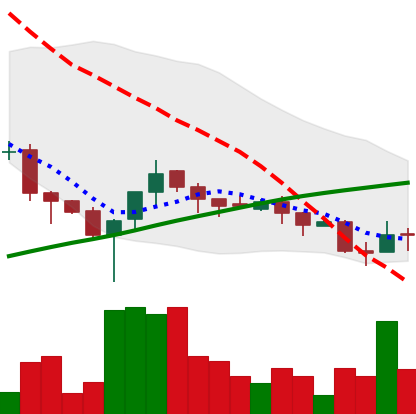
Ticker: XLM-USD
Chart end date: 2018-04-01
Forward return: -6.421%
Label: down_5_7